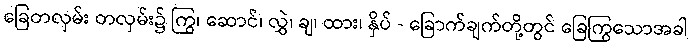
ခြေတလှမ်း တလှမ်း၌ ကြွ၊ ဆောင်၊ လွှဲ၊ ချ၊ ထား၊ နှိပ် - ခြောက်ချက်တို့တွင် ခြေကြွသောအခါ